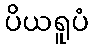
ပိယရူပံ